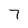
Character: 7